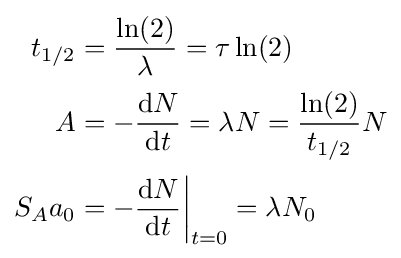
{\begin{aligned}t_{1/2}&={\frac {\ln(2)}{\lambda }}=\tau \ln(2)\\[2pt]A&=-{\frac {\mathrm {d} N}{\mathrm {d} t}}=\lambda N={\frac {\ln(2)}{t_{1/2}}}N\\[2pt]S_{A}a_{0}&=-{\frac {\mathrm {d} N}{\mathrm {d} t}}{\bigg |}_{t=0}=\lambda N_{0}\end{aligned}}